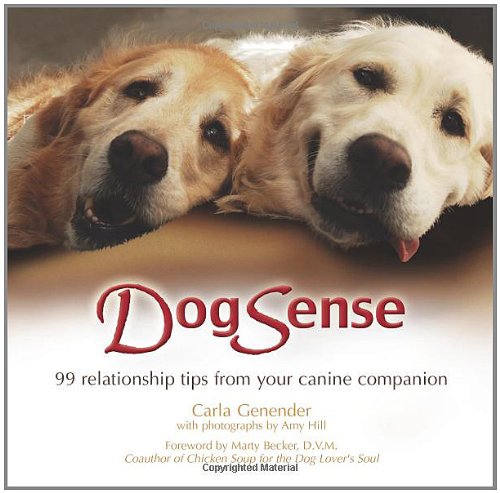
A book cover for DogSense: 99 relationship tips from your canine companion; Carla Genender; Crafts, Hobbies & Home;